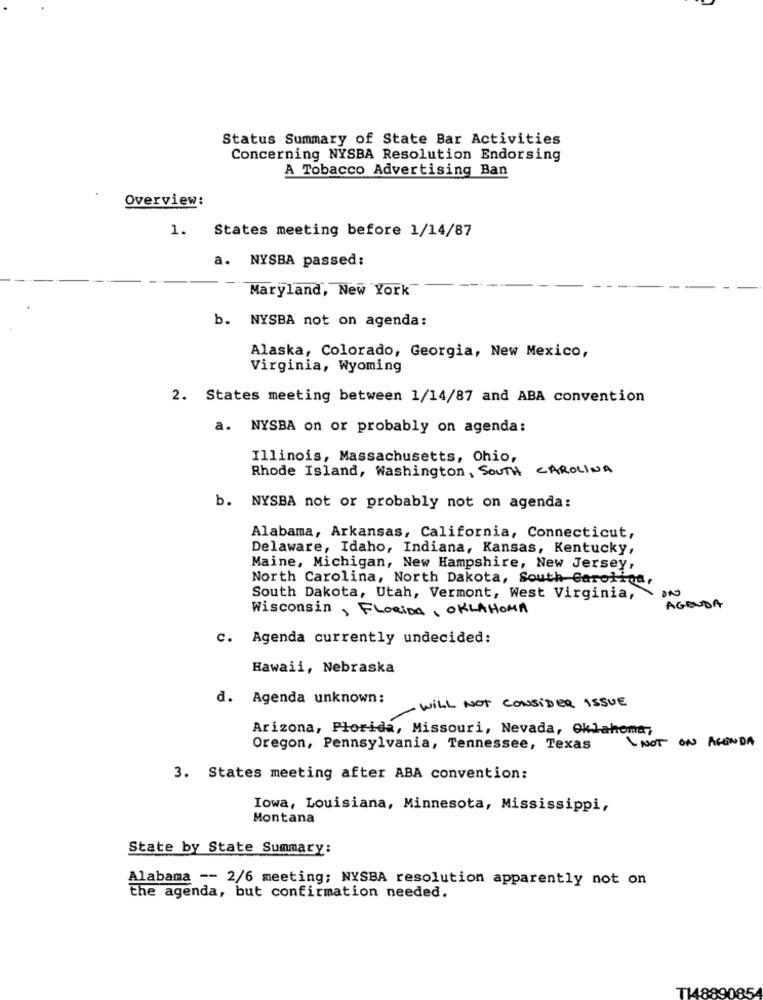
Status Summary of State Bar Activities
Concerning NYSBA Resolution Endorsing
A Tobacco Advertising Ban
Overview:
1. States meeting before 1/14/87
a. NYSBA passed:
Maryland, New York
b. NYSBA not on agenda:
Alaska, Colorado, Georgia, New Mexico,
Virginia, Wyoming
2. States meeting between 1/14/87 and ABA convention
a. NYSBA on or probably on agenda:
Illinois, Massachusetts, Ohio,
Rhode Island, Washington, SOUTH CAROLINA
b. NYSBA not or probably not on agenda:
Alabama, Arkansas, California, Connecticut,
Delaware, Idaho, Indiana, Kansas, Kentucky,
Maine, Michigan, New Hampshire, New Jersey,
North Carolina, North Dakota, South Carolina,
South Dakota, Utah, Vermont, West Virginia,
Wisconsin , FLORIDA , OKLAHOMA
AGENDA
c. Agenda currently undecided:
Hawaii, Nebraska
d. Agenda unknown:
WILL NOT CONSIDER ISSUE
Arizona, Florida, Missouri, Nevada, Oklahoma,
NOT ON AGENDA
Oregon, Pennsylvania, Tennessee, Texas
3. States meeting after ABA convention:
Iowa, Louisiana, Minnesota, Mississippi,
Montana
State by State Summary:
Alabama -- 2/6 meeting; NYSBA resolution apparently not on
the agenda, but confirmation needed.
T148890854